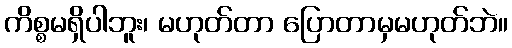
ကိစ္စမရှိပါဘူး၊ မဟုတ်တာ ပြောတာမှမဟုတ်ဘဲ။